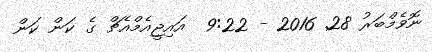
ނޮވެމްބަރު 28